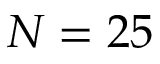
N = 2 5